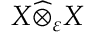
X { \widehat { \otimes } } _ { \varepsilon } X